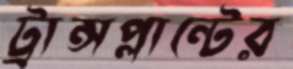
ট্রান্সপ্লান্টের